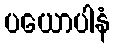
ပယောပါနံ